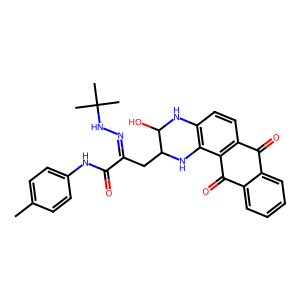
SMILES: Cc1ccc(NC(=O)C(CC2Nc3c(ccc4c3C(=O)c3ccccc3C4=O)NC2O)=NNC(C)(C)C)cc1
Inhibits HIV replication: No